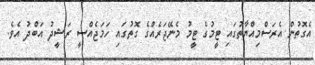
އެގޮތުން އެރަސްމިއްޔާތުގައި ޓީމުގެ ޓީމު މެނޭޖަރެއްގެ ގޮތުގައި ހަމަޖެއްސީ ރަޝީދު އަބްދު އެވެ.